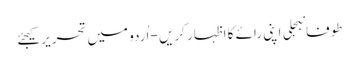
طوفانبجلی اپنی رائے کا اظہار کریں - اُردو میں تحریر کیجئے